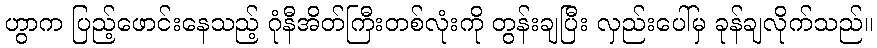
ဟွာက ပြည့်ဖောင်းနေသည့် ဂုံနီအိတ်ကြီးတစ်လုံးကို တွန်းချပြီး လှည်းပေါ်မှ ခုန်ချလိုက်သည်။